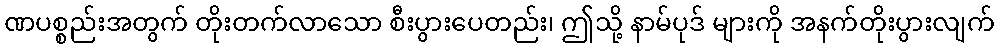
ဏပစ္စည်းအတွက် တိုးတက်လာသော စီးပွားပေတည်း၊ ဤသို့ နာမ်ပုဒ် များကို အနက်တိုးပွားလျက်